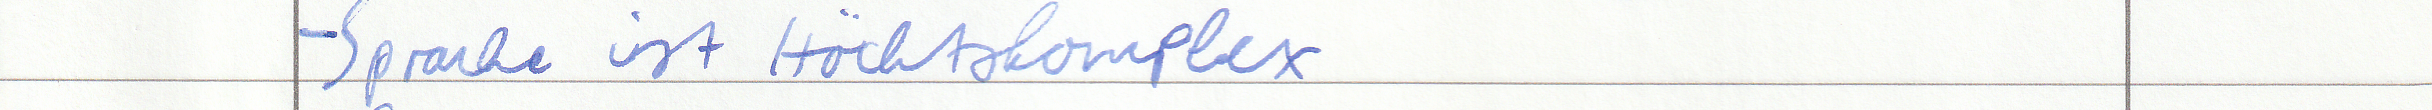
- Sprache ist Höchstkomplex